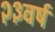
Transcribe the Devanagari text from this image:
२३वर्ष